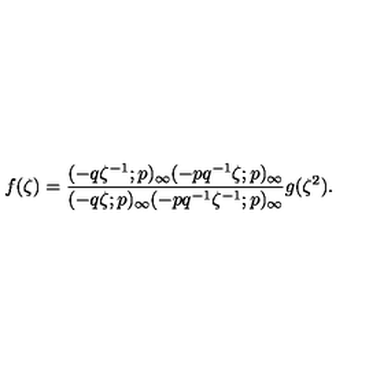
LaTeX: f ( \zeta ) = \frac { ( - q \zeta ^ { - 1 } ; p ) _ { \infty } ( - p q ^ { - 1 } \zeta ; p ) _ { \infty } } { ( - q \zeta ; p ) _ { \infty } ( - p q ^ { - 1 } \zeta ^ { - 1 } ; p ) _ { \infty } } g ( \zeta ^ { 2 } ) .